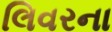
લિવરના